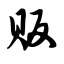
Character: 贩